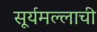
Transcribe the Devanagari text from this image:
सूर्यमल्लाची